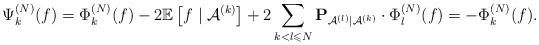
LaTeX: \begin{align*}\Psi_{k}^{(N)}(f)=\Phi_{k}^{(N)}(f)-2\mathbb{E}\left[ f\mid\mathcal{A}^{(k)}\right] +2\sum_{k<l\leqslant N}\mathbf{P}_{\mathcal{A}^{(l)}|\mathcal{A}^{(k)}}\cdot\Phi_{l}^{(N)}(f)=-\Phi_{k}^{(N)}(f).\end{align*}